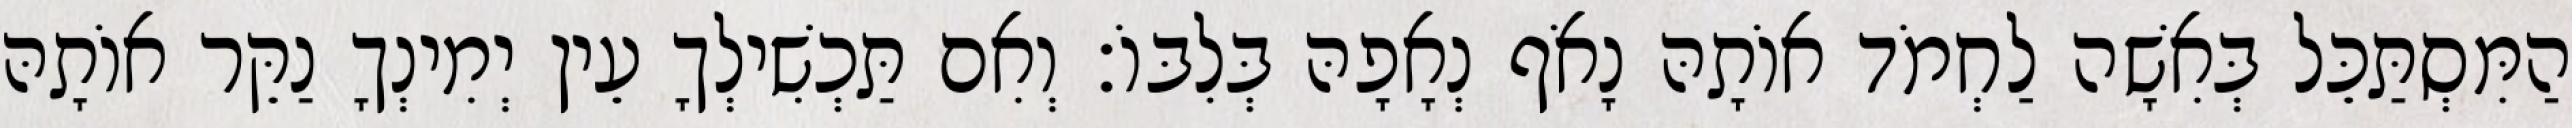
הַמִּסְתַּכֵּל בְּאִשָׁה לַחְמֹד אוֹתָהּ נָאֹף נְאָפָהּ בְּלִבּוֹ׃ וְאִם תַּכְשִׁילְךָ עֵין יְמִינְךָ נַקֵּר אוֹתָהּ